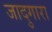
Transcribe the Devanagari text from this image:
जादुगारा